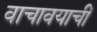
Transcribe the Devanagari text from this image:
वाचावयाचीं